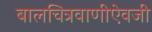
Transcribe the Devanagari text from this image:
बालचित्रवाणीऐवजी